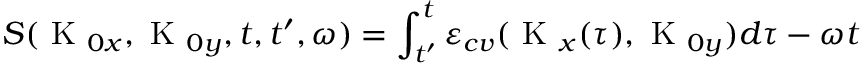
S ( \textrm { K } _ { 0 x } , \textrm { K } _ { 0 y } , t , t ^ { \prime } , \omega ) = \int _ { t ^ { \prime } } ^ { t } \varepsilon _ { c v } ( \textrm { K } _ { x } ( \tau ) , \textrm { K } _ { 0 y } ) d \tau - \omega t